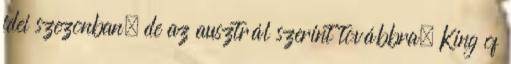
idei szezonban, de az ausztrál szerint továbbra. King of